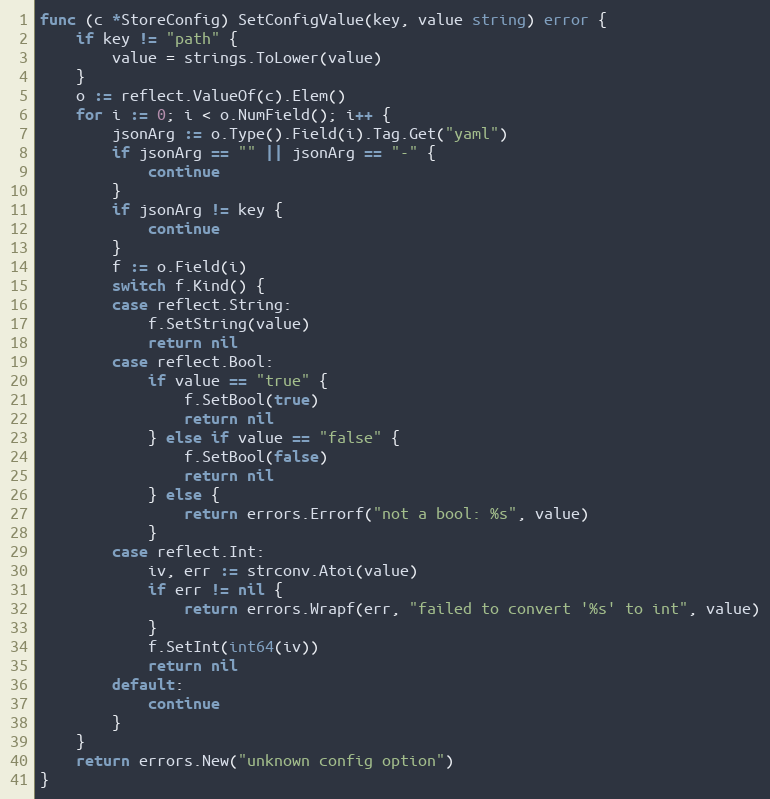
Language: Go
func (c *StoreConfig) SetConfigValue(key, value string) error {
	if key != "path" {
		value = strings.ToLower(value)
	}
	o := reflect.ValueOf(c).Elem()
	for i := 0; i < o.NumField(); i++ {
		jsonArg := o.Type().Field(i).Tag.Get("yaml")
		if jsonArg == "" || jsonArg == "-" {
			continue
		}
		if jsonArg != key {
			continue
		}
		f := o.Field(i)
		switch f.Kind() {
		case reflect.String:
			f.SetString(value)
			return nil
		case reflect.Bool:
			if value == "true" {
				f.SetBool(true)
				return nil
			} else if value == "false" {
				f.SetBool(false)
				return nil
			} else {
				return errors.Errorf("not a bool: %s", value)
			}
		case reflect.Int:
			iv, err := strconv.Atoi(value)
			if err != nil {
				return errors.Wrapf(err, "failed to convert '%s' to int", value)
			}
			f.SetInt(int64(iv))
			return nil
		default:
			continue
		}
	}
	return errors.New("unknown config option")
}